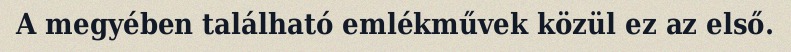
A megyében található emlékművek közül ez az első.